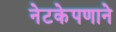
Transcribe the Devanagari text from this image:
नेटकेपणाने